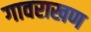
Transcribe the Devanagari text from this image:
गावराखण